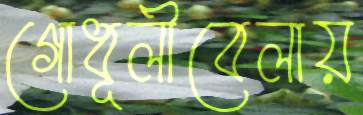
গোধূলীবেলায়